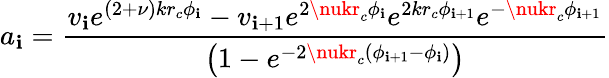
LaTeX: a_{\mathbf{i}}=\frac{{v_{\mathbf{i}}e^{(2+\nu)kr_{c}\phi_{\mathbf{i}}}-v_{\mathbf{i}+1}e^{2\nukr_{c}\phi_{\mathbf{i}}}e^{2kr_{c}\phi_{\mathbf{i}+1}}e^{-\nukr_{c}\phi_{\mathbf{i}+1}}}}{{\left(1-e^{-2\nukr_{c}(\phi_{\mathbf{i}+1}-\phi_{\mathbf{i}})}\right)}}